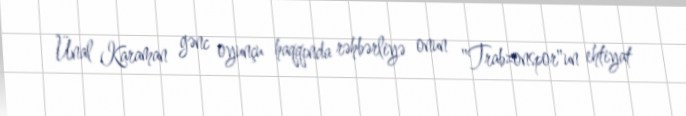
Ünal Karaman gənc oyunçu haqqında rəhbərliyə onun "Trabzonspor"un ehtiyat